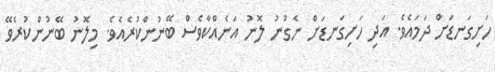
ހަށިގަނޑަށް ދަމައެވެ. އަދި ހަށިގަނޑަށް ނެގުނު ލޮނު އަނެއްކާވެސް ބޭނުންކުރެއެވެ. މިލޮނު ބޭނުންކުރެވޭ